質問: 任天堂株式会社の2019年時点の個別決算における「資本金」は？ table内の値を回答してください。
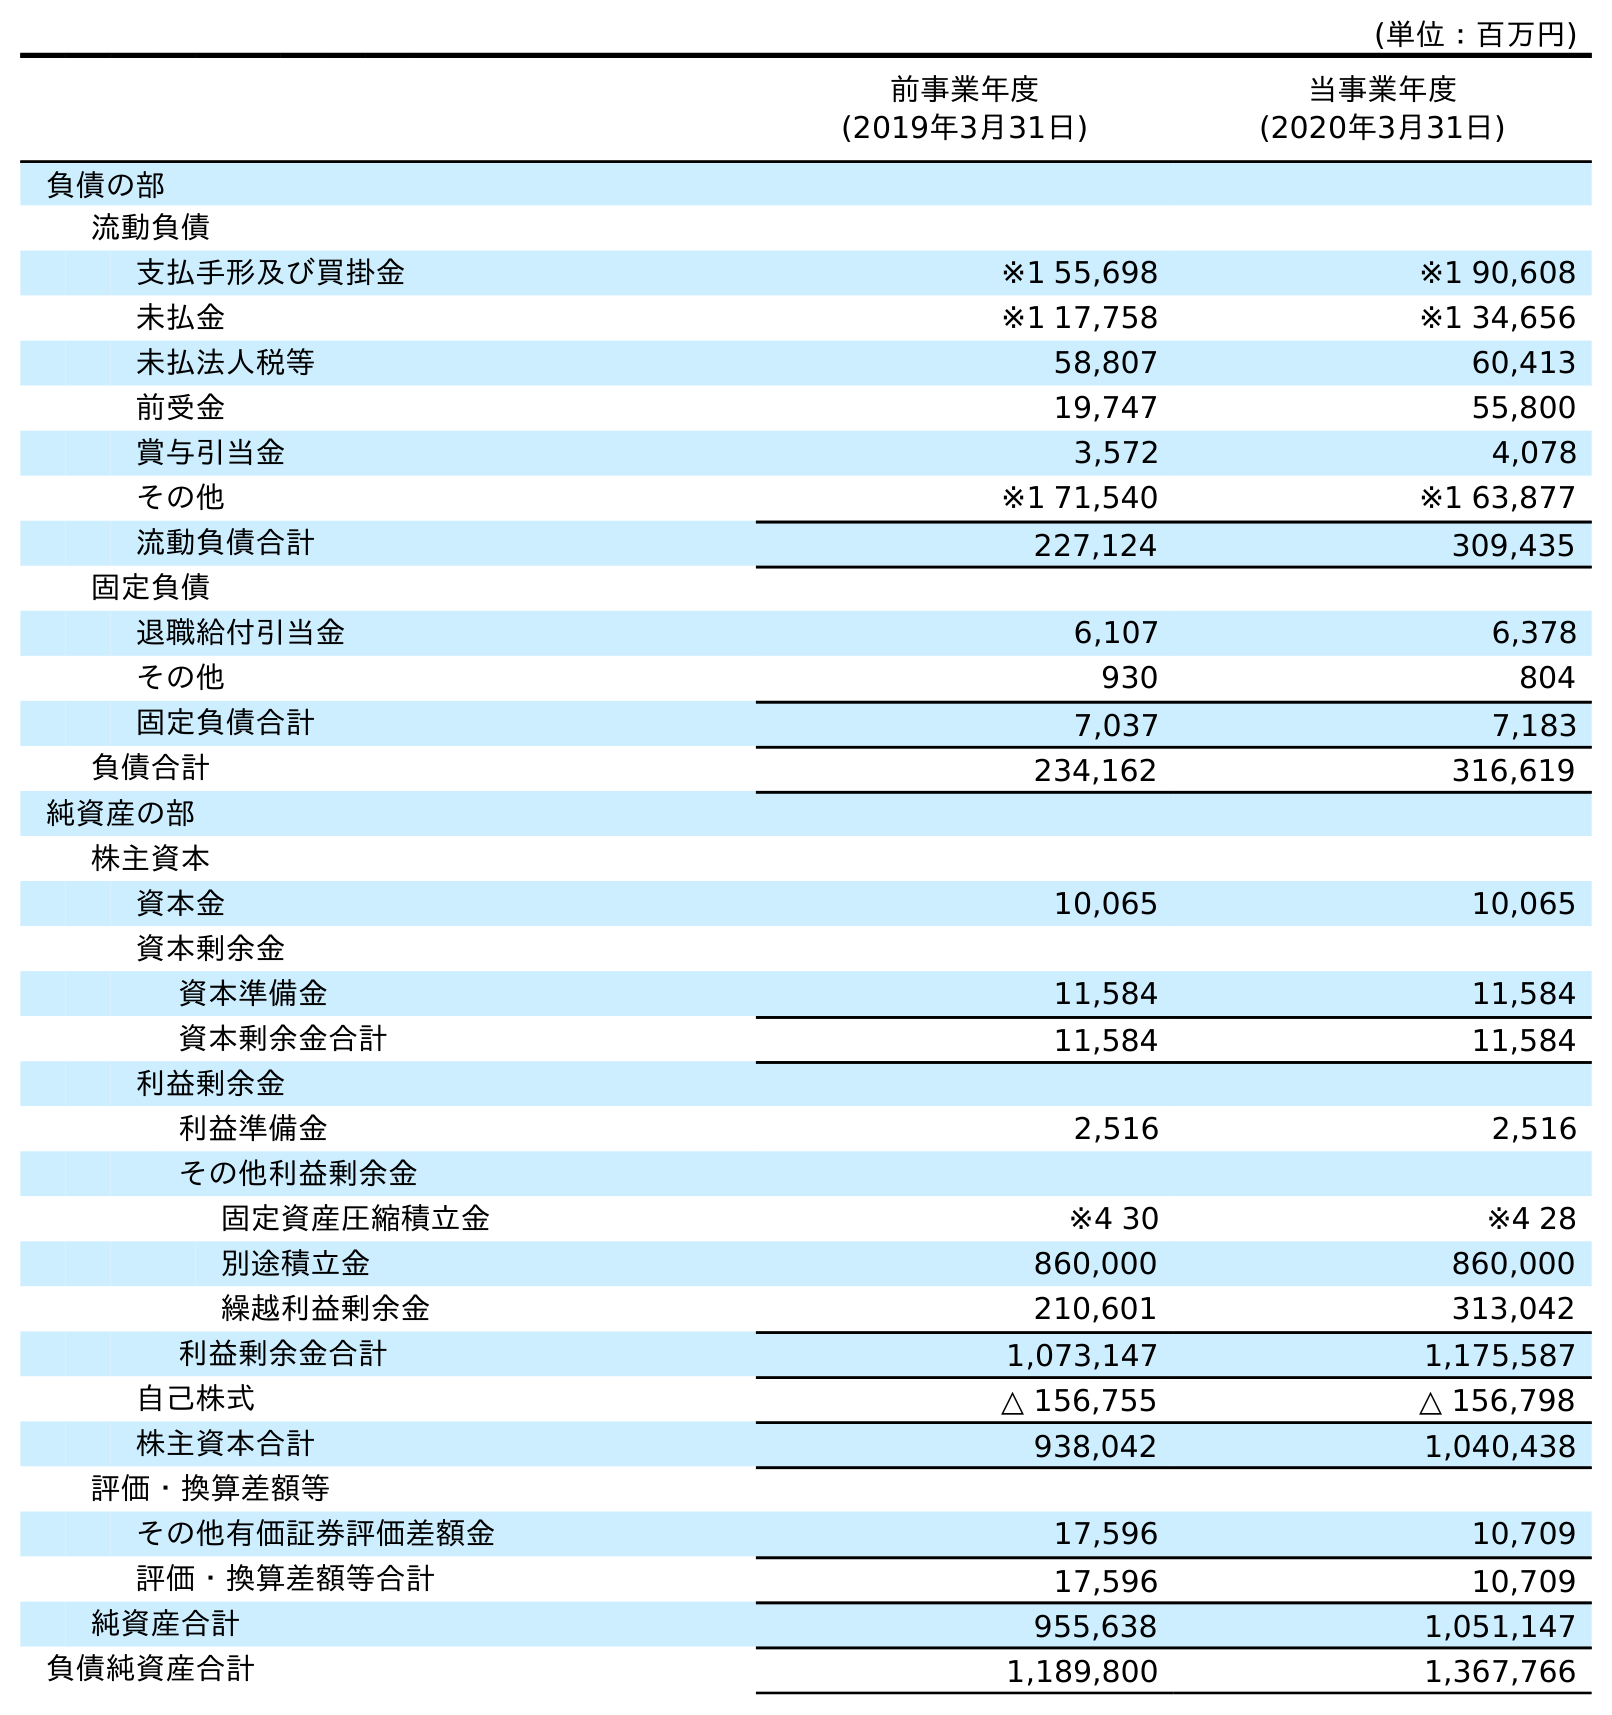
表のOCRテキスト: (単位：百万円) 前事業年度 (2019年3月31日) 当事業年度 (2020年3月31日) 負債の部 流動負債 支払手形及び買掛金 ※1 55,698 ※1 90,608 未払金 ※1 17,758 ※1 34,656 未払法人税等 58,807 60,413 前受金 19,747 55,800 賞与引当金 3,572 4,078 その他 ※1 71,540 ※1 63,877 流動負債合計 227,124 309,435 固定負債 退職給付引当金 6,107 6,378 その他 930 804 固定負債合計 7,037 7,183 負債合計 234,162 316,619 純資産の部 株主資本 資本金 10,065 10,065 資本剰余金 資本準備金 11,584 11,584 資本剰余金合計 11,584 11,584 利益剰余金 利益準備金 2,516 2,516 その他利益剰余金 固定資産圧縮積立金 ※4 30 ※4 28 別途積立金 860,000 860,000 繰越利益剰余金 210,601 313,042 利益剰余金合計 1,073,147 1,175,587 自己株式 △ 156,755 △ 156,798 株主資本合計 938,042 1,040,438 評価・換算差額等 その他有価証券評価差額金 17,596 10,709 評価・換算差額等合計 17,596 10,709 純資産合計 955,638 1,051,147 負債純資産合計 1,189,800 1,367,766
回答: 10,065